Civil Veterinary Dept. North-West Frontier Province 1923-32 - 1923-1932
Year: 1923
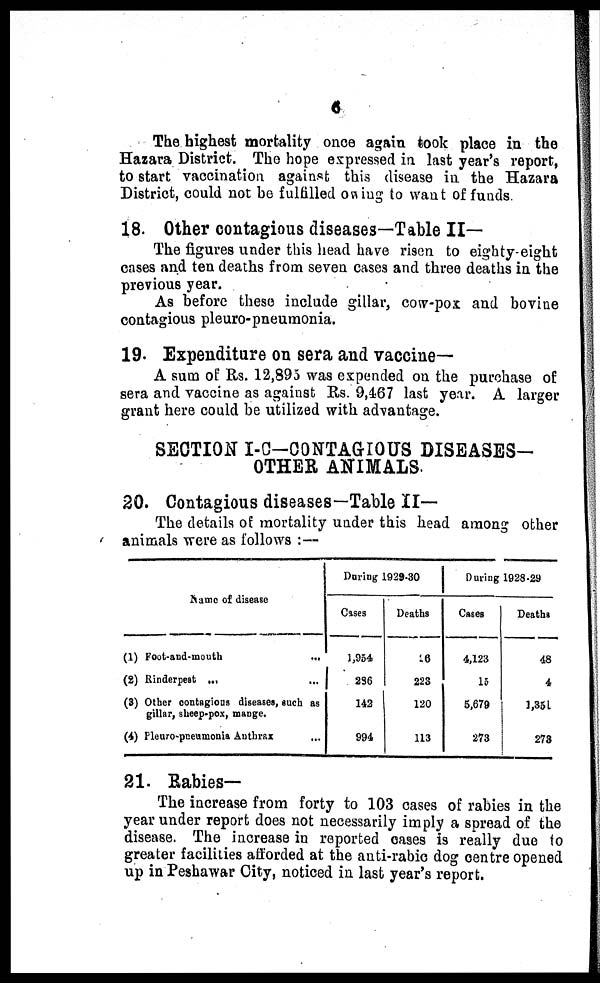
6
The highest mortality once again took place in the
Hazara District. The hope expressed in last year's report,
to start vaccination against this disease in the Hazara
District, could not be fulfilled owing to want of funds
18. Other contagious diseases—Table II—
The figures under this head have risen to eighty-eight
cases and ten deaths from seven cases and three deaths in the
previous year.
As before these include gillar, cow-pox and bovine
contagious pleuro-pneumonia.
19. Expenditure on sera and vaccine—
A sum of Rs. 12,895 was expended on the purchase of
sera and vaccine as against Rs. 9,467 last year. A larger
grant here could be utilized with advantage.
SECTION I-C—CONTAGIOUS DISEASES-
OTHER ANIMALS.
20. Contagious diseases—Table II—
The details of mortality under this head among other
animals were as follows :—
Name of disease
(1) Foot-and-mouth
...
(2) Rinderpest ...
(3) Other contagious diseases, such as
gillar, sheep-pox, mange.
(4) Pleuro-pneumonia Anthrax ...
During 1929-30
Cases
1,954
286
142
994
Deaths
26
223
120
113
During 1928-29
Cases
4,123
15
5,679
273
Deaths
48
4
1,351
273
21. Rabies—
The increase from forty to 103 cases of rabies in the
year under report does not necessarily imply a spread of the
disease. The increase in reported cases is really due to
greater facilities afforded at the anti-rabic dog centre opened
up in Peshawar City, noticed in last year's report.